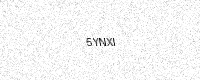
Text: 5YNXI